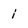
Character: i